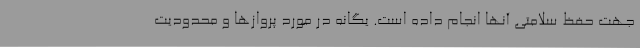
جهت حفظ سلامتی آنها انجام داده است. یگانه در مورد پروازها و محدودیت